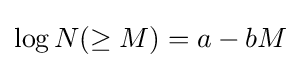
\log N(\geq M)=a-bM